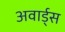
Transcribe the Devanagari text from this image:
अवार्ड्स